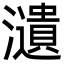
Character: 瀢